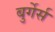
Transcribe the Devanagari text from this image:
बुर्गेर्स